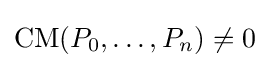
\operatorname {CM} (P_{0},\ldots ,P_{n})\neq 0